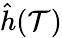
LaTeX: \hat{h}(\mathcal{T})